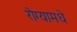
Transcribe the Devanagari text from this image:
रोग्यामधे